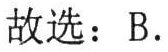
故选：B.